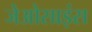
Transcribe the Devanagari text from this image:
जेओसाइंस